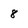
Character: 8